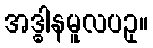
အဒ္ဓါနမူလပဥှ။